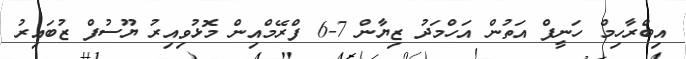
އިބްރާހިމް ހަނީފް އަތުން އަހްމަދު ޒިޔާން 7-6 ފްރޭމްއިން މޮޅުވިއިރު ޔޫސުފް ޒުބައިރު